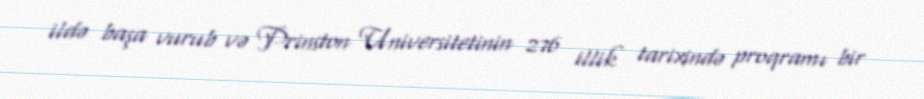
ildə başa vurub və Prinston Universitetinin 276 illik tarixində proqramı bir